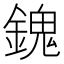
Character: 𨪈